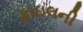
ફાઇલની